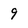
Character: 9